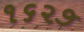
૧૬૨૭